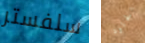
سلفستر الجلود